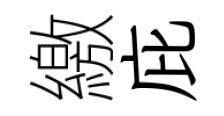
繳庇